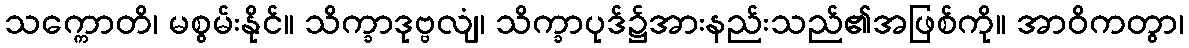
သက္ကောတိ၊ မစွမ်းနိုင်။ သိက္ခာဒုဗ္ဗလျံ၊ သိက္ခာပုဒ်၌အားနည်းသည်၏အဖြစ်ကို။ အာဝိကတွာ၊